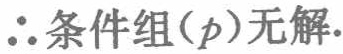
\(\therefore\)条件组\((p)\)无解.